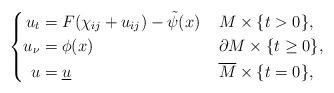
LaTeX: \begin{align*}\left\{\begin{aligned}u_t &= F(\chi_{ij} + u_{ij}) - \tilde{\psi}(x) &&\; M \times \{t>0\}, \\ u_\nu &= \phi(x) && \; \partial M \times \{t \geq 0\},\\u &= \underline{u} & & \; \overline{M}\times\{t = 0\},\end{aligned}\right.\end{align*}